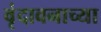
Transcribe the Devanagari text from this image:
वृंदावनाच्या